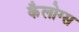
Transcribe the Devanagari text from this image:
कैलोग्स